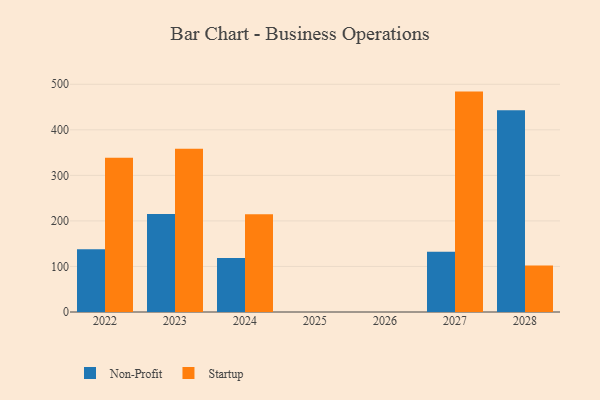
{"axis": {"x": "Year", "y": "Population (Million)"}, "legend": ["Non-Profit", "Startup"], "data": [{"x": "2023", "y": 215.3, "type": "Non-Profit"}, {"x": "2023", "y": 358.6, "type": "Startup"}, {"x": "2028", "y": 442.9, "type": "Non-Profit"}, {"x": "2028", "y": 102.2, "type": "Startup"}, {"x": "2024", "y": 118.7, "type": "Non-Profit"}, {"x": "2024", "y": 214.6, "type": "Startup"}, {"x": "2027", "y": 132.4, "type": "Non-Profit"}, {"x": "2027", "y": 483.9, "type": "Startup"}, {"x": "2022", "y": 137.5, "type": "Non-Profit"}, {"x": "2022", "y": 338.8, "type": "Startup"}]}